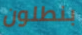
بنطلون